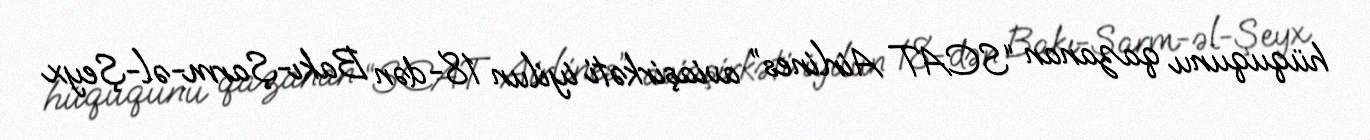
hüququnu qazanan “SCAT Airlines” aviaşirkəti iyilun 18-dən Bakı-Şarm-əl-Şeyx